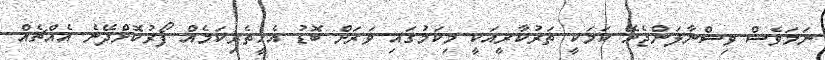
ނަމަވެސް ވިސްނާލަންޖެހޭ ކަމަކީ ތަރުކާރީއަކީ މިކަމުގައި ވަރަށް ބޮޑު އެހީތެރިކަމެއް ފޯރުކޮށްދޭނެ އެއްޗެއް